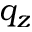
q _ { z }